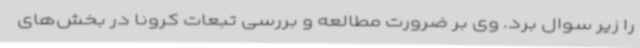
را زیر سوال برد. وی بر ضرورت مطالعه و بررسی تبعات کرونا در بخش‌های